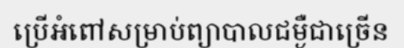
ប្រើអំពៅសម្រាប់ព្យាបាលជម្ងឺជាច្រើន